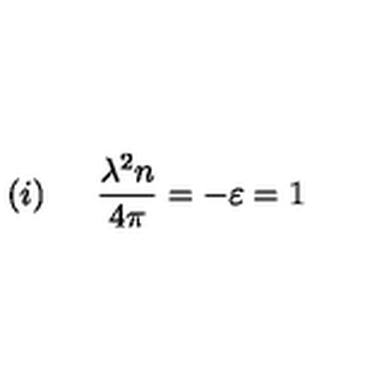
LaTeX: ( i ) \: \: \: \: \: \: \: { \frac { \lambda ^ { 2 } n } { 4 \pi } } = - \varepsilon = 1